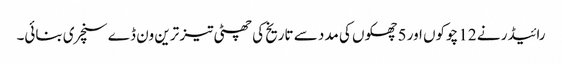
رائیڈر نے 12 چوکوں اور 5 چھکوں کی مدد سے تاریخ کی چھٹی تیز ترین ون ڈے سنچری بنائی۔